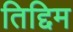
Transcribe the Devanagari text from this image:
तिद्दिम